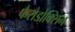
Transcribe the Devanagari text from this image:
फैरोडोक्सिन